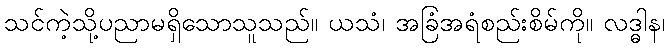
သင်ကဲ့သို့ပညာမရှိသောသူသည်။ ယသံ၊ အခြံအရံစည်းစိမ်ကို။ လဒ္ဓါန၊